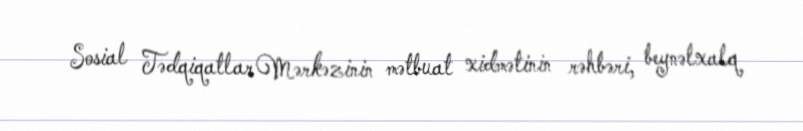
Sosial Tədqiqatlar Mərkəzinin mətbuat xidmətinin rəhbəri, beynəlxalq